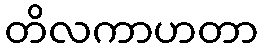
တိလကာဟတာ